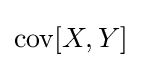
{\textstyle \operatorname {cov} [X,Y]}